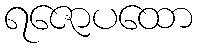
ရဇောပထော